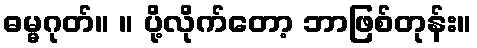
ဓမ္မဂုတ်။ ။ ပို့လိုက်တော့ ဘာဖြစ်တုန်း။